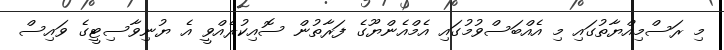
މި ރަސްމިއްޔާތުގައި މި އެއްބަސްވުމުގައި އެމްއެންޔޫގެ ފަރާތުން ސޮއިކުރެއްވީ އެ ޔުނިވާސިޓީގެ ވައިސް